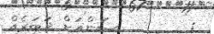
:        ސަންއަށް ޚަބަރެއް